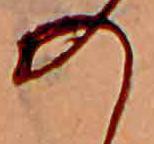
の